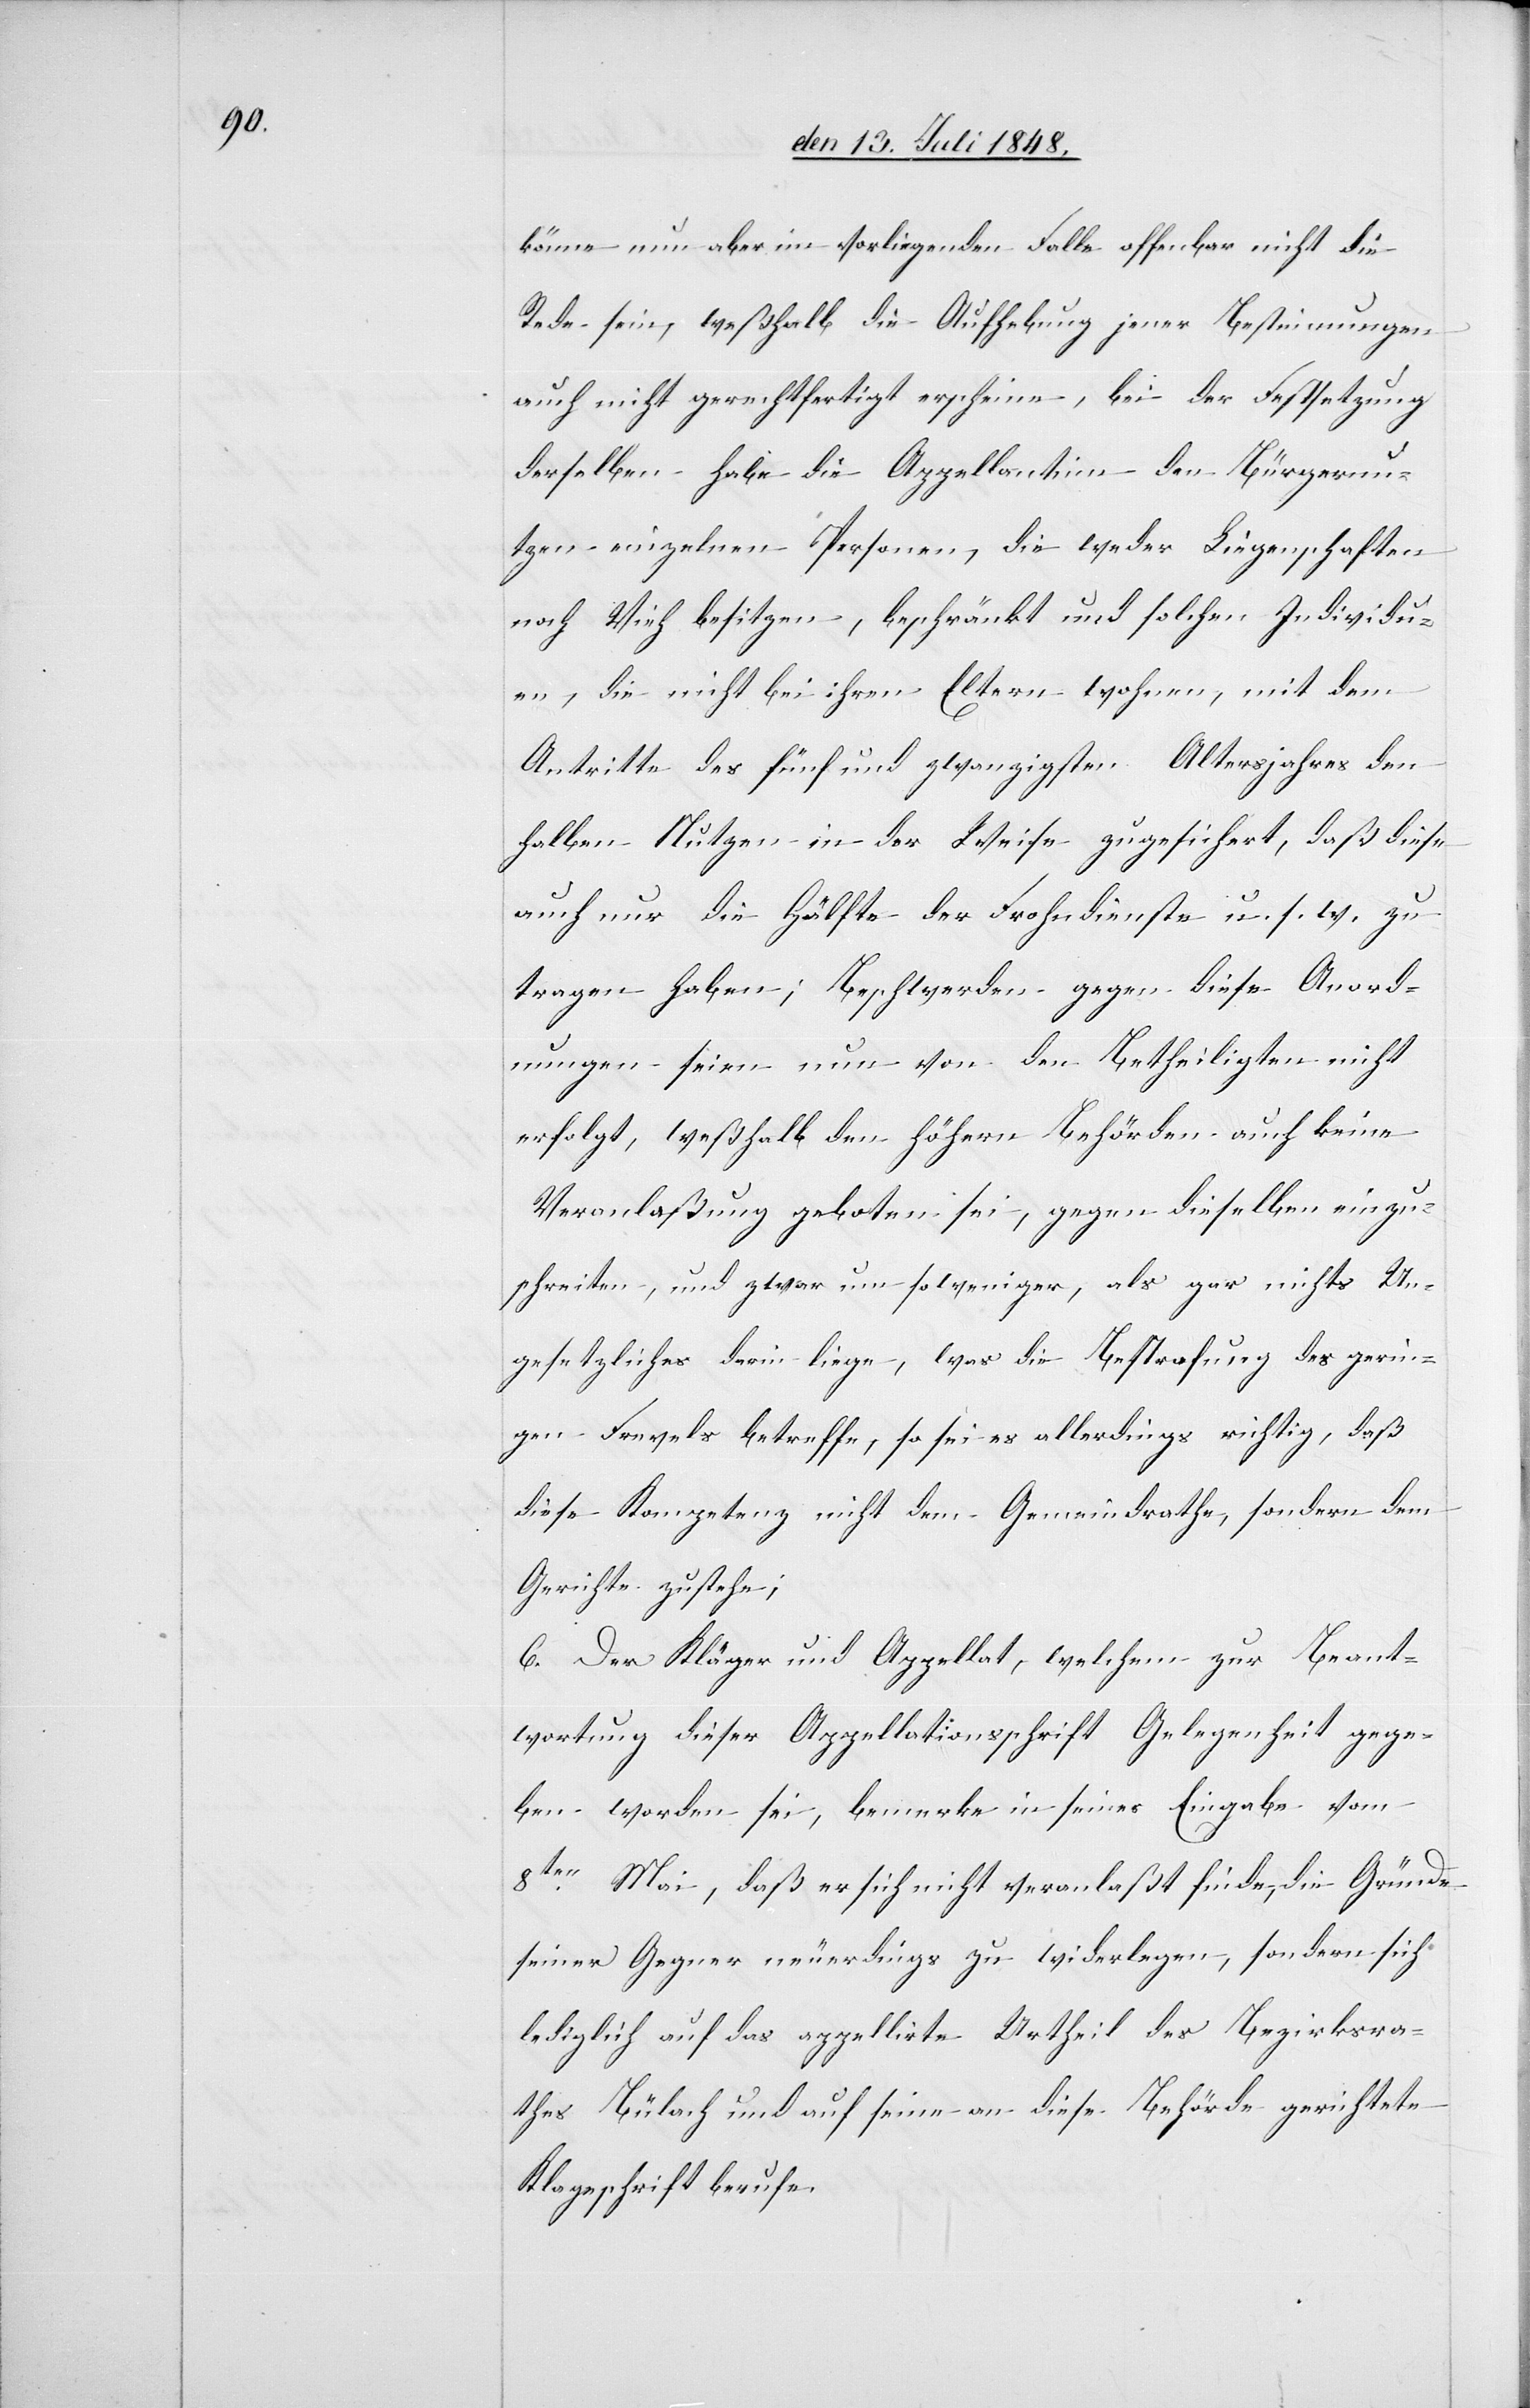
könne nun aber im vorliegenden Falle offenbar nicht die
Rede sein, weßhalb die Aufhebung jener Bestimmungen
auch nicht gerechtfertigt erscheine, bei der Festsetzung
derselben habe die Appellantinn den Bürgernu¬
tzen einzelnen Personen, die weder Liegenschaften
noch Vieh besitzen, beschränkt und solchen Individu¬
en, die nicht bei ihren Eltern wohnen, mit dem
Antritte des fünf und zwanzigsten Altersjahres den
halben Nutzen in der Weise zugesichert, daß diese
auch nur die Hälfte der Frohndienste u. s. w. zu
tragen haben; Beschwerden gegen diese Anord¬
nungen seien nun von den Betheiligten nicht
erfolgt, weßhalb den höhern Behörden auch keine
Veranlaßung geboten sei, gegen dieselben einzu¬
schreiten, und zwar um so weniger, als gar nichts Un¬
gesetzliches drin liege, was die Bestrafung des gerin¬
gen Frevels betreffe, so sei es allerdings richtig, daß
diese Kompetenz nicht dem Gemeindrathe, sondern dem
Gerichte zustehe;
6. Der Kläger und Appellat, welchem zur Beant¬
wortung dieser Appellationsschrift Gelegenheit gege¬
ben worden sei, bemerke in seiner Eingabe vom
8ten Mai, daß er sich nicht veranlaßt finde, die Gründe
seiner Gegner neuerdings zu widerlegen, sondern sich
lediglich auf das appelirte Urtheil des Bezirksra¬
thes Bülach und auf seine an diese Behörde gerichtete
Klageschrift berufe.